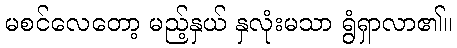
မစင်လေတော့ မည့်နှယ် နှလုံးမသာ ရွံရှာလာ၏။